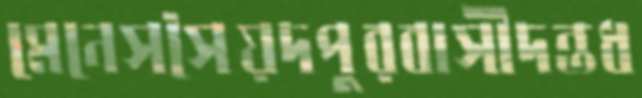
মেনেসসৈয়দপুরবাসীদন্তধ